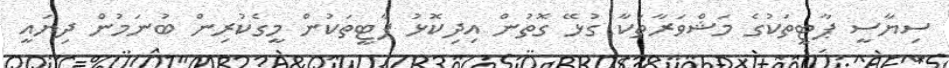
ސިޔާސީ ޕާޓީތަކުގެ މަޝްވަރާތަކާ ގުޅޭ ގޮތުން އިދިކޮޅު ޕާޓީތަކުން މީގެކުރިން ބުނަމުން ދިޔައީ